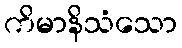
ကိမာနိသံသော